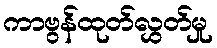
ကာဗွန်ထုတ်လွှတ်မှု